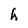
Character: h